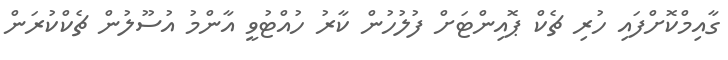
ގާއިމްކޮށްފައި ހުރި ޗެކް ޕޮއިންޓަށް ފުލުހުން ކާރު ހުއްޓުވީ އާންމު އުސޫލުން ޗެކްކުރަން